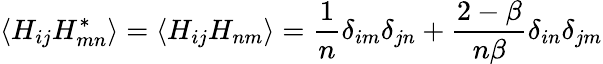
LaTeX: \langle H_{ij}H_{mn}^{*}\rangle=\langle H_{ij}H_{nm}\rangle={\frac{1}{n}}\delta_{im}\delta_{jn}+{\frac{2-\beta}{n\beta}}\delta_{in}\delta_{jm}